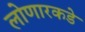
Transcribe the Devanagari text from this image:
लोणारकडे